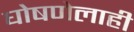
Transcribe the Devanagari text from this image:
घोषणेलाही